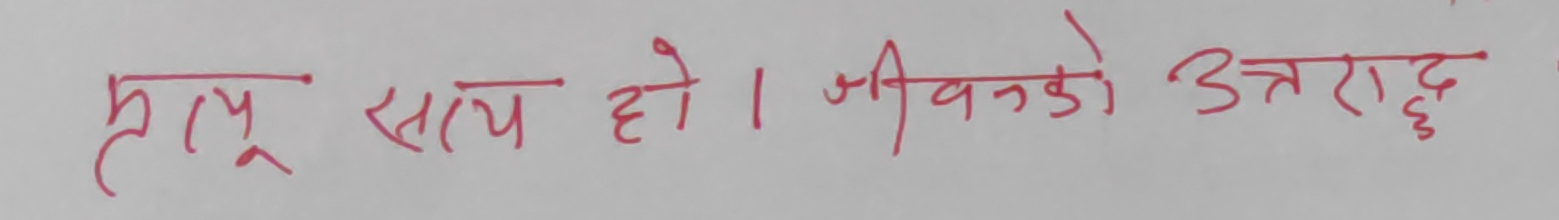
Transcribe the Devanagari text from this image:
मृत्यु सत्य हो । जीवनको उत्तरार्ध